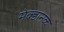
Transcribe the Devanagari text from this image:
मेक्डानक